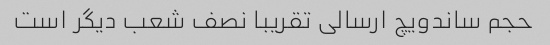
حجم ساندویچ ارسالی تقریبا نصف شعب دیگر است